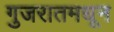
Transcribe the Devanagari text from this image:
गुजरातमधून